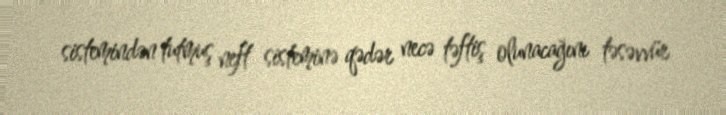
sistemindən tutmuş neft sisteminə qədər necə təftiş olunacağını təsəvvür